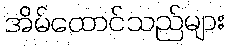
အိမ်ထောင်သည်များ